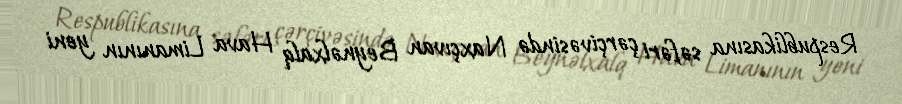
Respublikasına səfəri çərçivəsində Naxçıvan Beynəlxalq Hava Limanının yeni